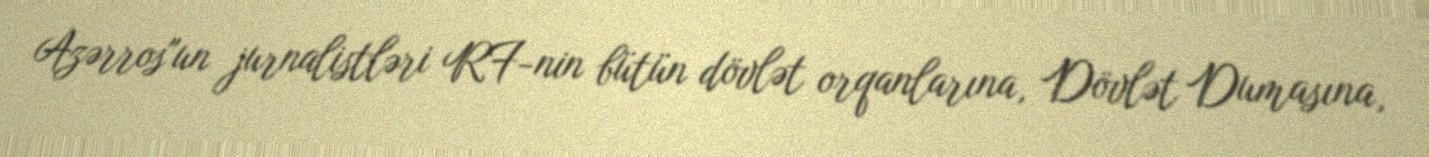
Azərros"un jurnalistləri RF-nin bütün dövlət orqanlarına, Dövlət Dumasına,